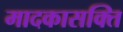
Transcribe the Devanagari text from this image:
मादकासक्ति